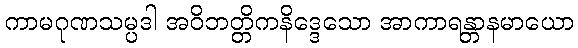
ကာမဂုဏသမ္ပဒါ အဝိဘတ္တိကနိဒ္ဒေသော အာကာရန္တာနမာယော